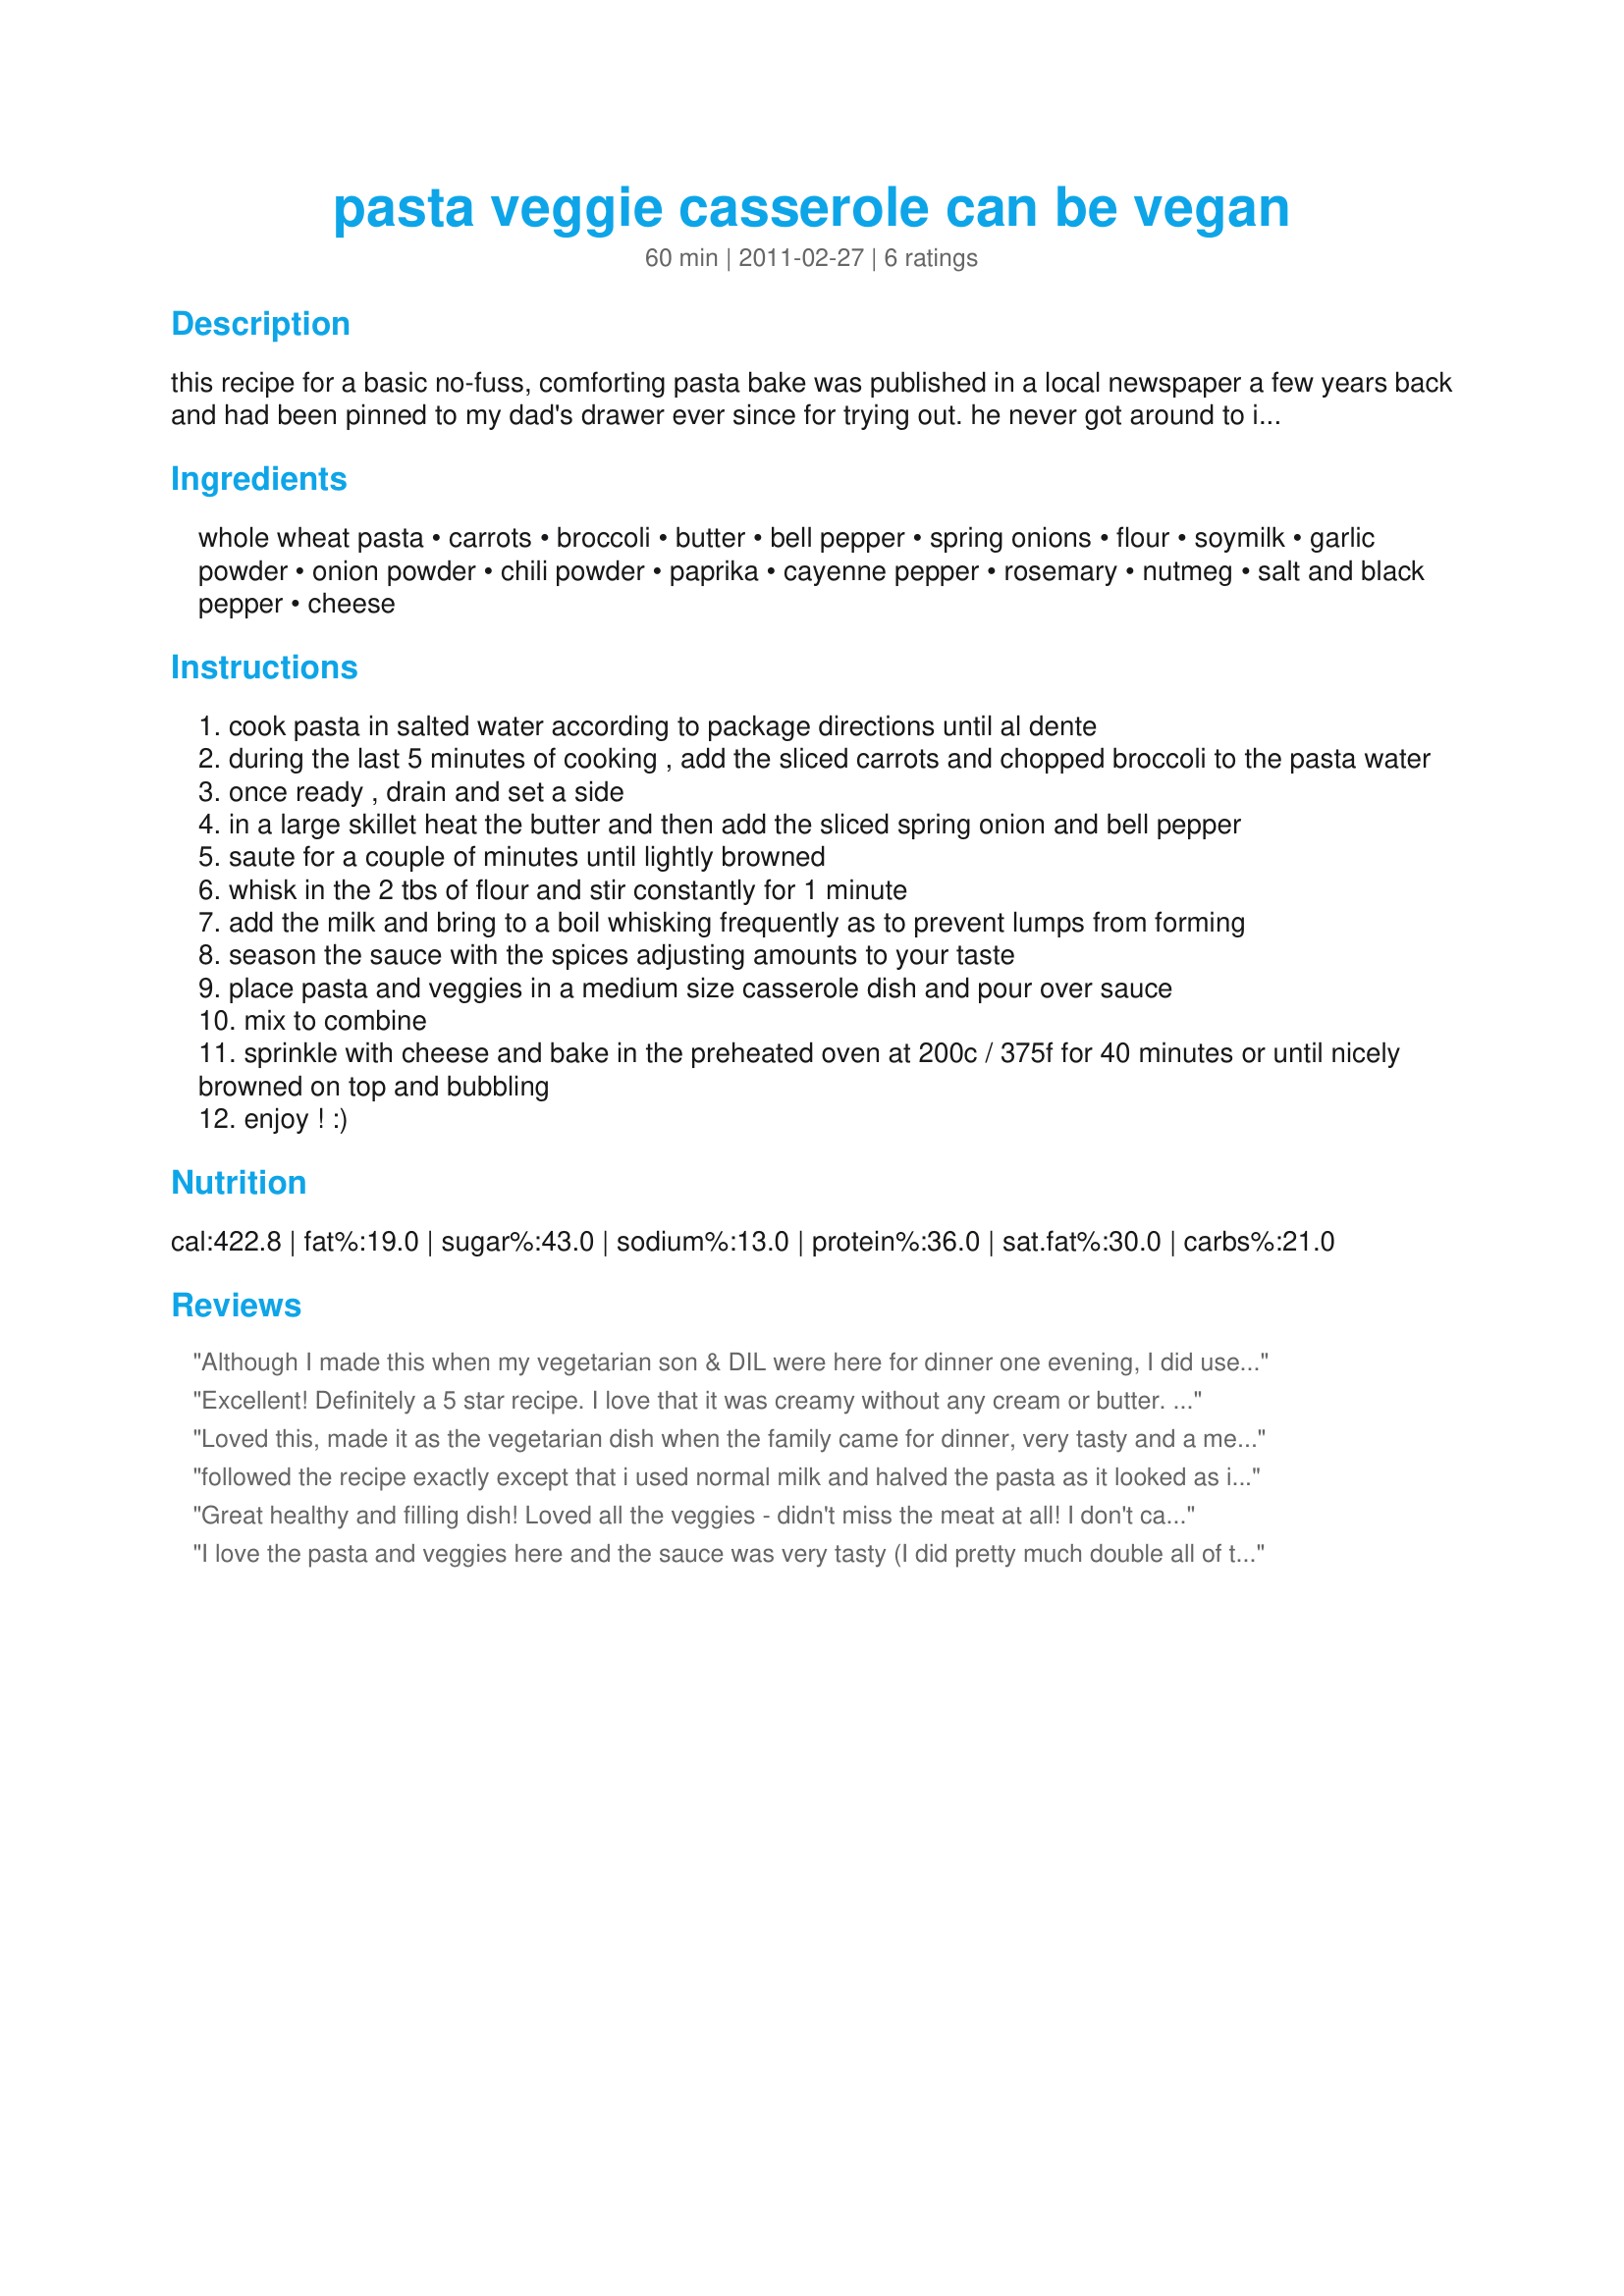
pasta veggie casserole can be vegan
Preparation time: 60 minutes

this recipe for a basic no-fuss, comforting pasta bake was published in a local newspaper a few years back and had been pinned to my dad's drawer ever since for trying out. he never got around to it, so last week when visiting him, i simply made it and it turned out quite well. ive made a few adaptions to suit our taste and hope youll like it, too. :)

Ingredients:
whole wheat pasta, carrots, broccoli, butter, bell pepper, spring onions, flour, soymilk, garlic powder, onion powder, chili powder, paprika, cayenne pepper, rosemary, nutmeg, salt and black pepper, cheese

Steps:
cook pasta in salted water according to package directions until al dente
during the last 5 minutes of cooking , add the sliced carrots and chopped broccoli to the pasta water
once ready , drain and set a side
in a large skillet heat the butter and then add the sliced spring onion and bell pepper
saute for a couple of minutes until lightly browned
whisk in the 2 tbs of flour and stir constantly for 1 minute
add the milk and bring to a boil whisking frequently as to prevent lumps from forming
season the sauce with the spices adjusting amounts to your taste
place pasta and veggies in a medium size casserole dish and pour over sauce
mix to combine
sprinkle with cheese and bake in the preheated oven at 200c / 375f for 40 minutes or until nicely browned on top and bubbling
enjoy ! :)

Reviews:
Although I made this when my vegetarian son & DIL were here for dinner one evening, I did use a milk with 2% fat! Other than that, though, your recipe was pretty much followed, though I also cut back slightly on the amount of chili powder & cayenne pepper! Very flavorful & thoroughly enjoyed by everyone! Thanks for posting it! [Tagged & made in Please Review My Recipe]
Excellent! Definitely a 5 star recipe. I love that it was creamy without any cream or butter. I would add more broccoli and carrots next time just to make it even more healthier. I used vegan cheese, forgot the rosemary and used 2 Cups of soy milk 1/2 a cup of rice milk...It was delicious. I will say my four year old didn't care for it, but my one year old did so it may not be the best dish for every kid's taste buds, but I give it five stars for sure.
Loved this, made it as the vegetarian dish when the family came for dinner, very tasty and a meal to enjoy at any time, lovely for guests but really nice to enjoy whenever you feel like a comfort pasta bake! I used penne pasta, I did cook my carrots a bit longer because DH prefers his vegetables not too crunchy. Taking note of Annacias review, I did increase the amount of sauce, I confess I do like a lot of sauce with pasta, and I used regular milk with a bit of cream for a good creamy and very flavourful sauce. I didn't top with cheddar, simply because I don't always fancy cheddar, I used some parmesan which doesnt show up as well as the cheddar would have, but which was very nice nonetheless. Thank you Loula, a lovely recipe which we all very much enjoyed, it was made for I Recommend tag game.
followed the recipe exactly except that i used normal milk and halved the pasta as it looked as if the sauce wasnt going to be enough. kept the amount of vegetables as written.there was too much rosemary for my taste. i would halve or even quarter the amount. just personal preference.this was extremely tasty and i will make this often.
Great healthy and filling dish! Loved all the veggies - didn't miss the meat at all! I don't care for onions so left them out, and used lowfat milk instead of soy milk. Nice combination of spices in the sauce, a good complement to the veggies. Thanks for sharing your recipe!
I love the pasta and veggies here and the sauce was very tasty (I did pretty much double all of the seasonings). The one drawback I had was that there wasn't really have enough sauce to cover everything else well. It didn't really hurt the flavor but I did have shorten the baking time. I'm not sure why this happened as loof's photo looks like there was plenty. I would certainly make this again because it's yummy but make a least 1/4 more of the sauce.
